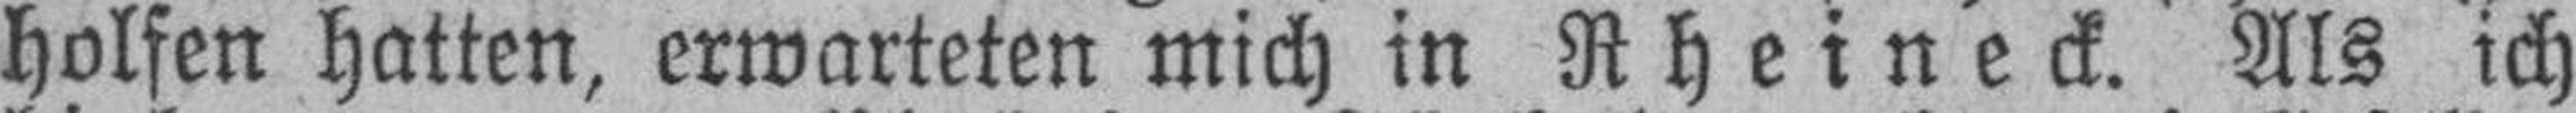
holfen hatten, erwarteten mich in Rheineck. Als ich